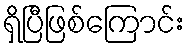
ရှိပြီဖြစ်ကြောင်း